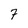
Character: 7